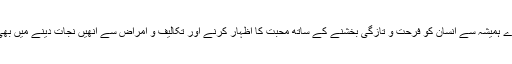
پھول اور پودے ہمیشہ سے انسان کو فرحت و تازگی بخشنے کے ساتھ محبت کا اظہار کرنے اور تکالیف و امراض سے انھیں‌ نجات دینے میں بھی مددگار ہیں۔